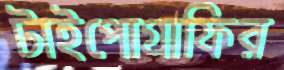
টাইপোগ্রাফির